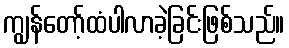
ကျွန်တော့်ထံပါလာခဲ့ခြင်းဖြစ်သည်။